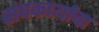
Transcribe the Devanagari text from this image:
संघकार्याचा